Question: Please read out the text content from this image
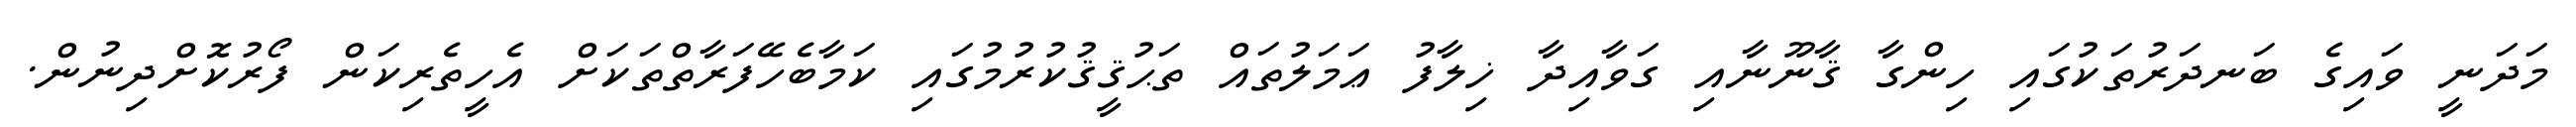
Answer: މަދަނީ ވައިގެ ބަނދަރުތަކުގައި ހިންގާ ޤާނޫނާއި ގަވާއިދާ ޚިލާފު ޢަމަލުތައް ތަޙުޤީޤުކުރުމުގައި ކަމާބެހޭފަރާތްތަކަށް އެހީތެރިކަން ފޯރުކޮށްދިނުން.